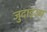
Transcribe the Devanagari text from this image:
जुदाइज्म